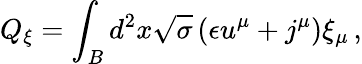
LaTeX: Q_{\xi}=\int_{B}d^{2}x\sqrt{\sigma}\left(\epsilon u^{\mu}+j^{\mu}\right)\xi_{\mu}\, ,